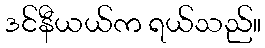
ဒင်နီယယ်က ရယ်သည်။